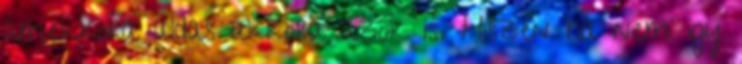
amekkora aldas akkora azok is. Hiszen ha nem igy